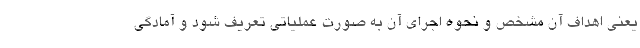
یعنی اهداف آن مشخص و نحوه اجرای آن به صورت عملیاتی تعریف شود و آمادگی